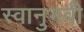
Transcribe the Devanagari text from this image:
स्वानुभवी